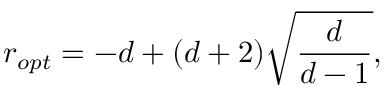
r _ { o p t } = - d + ( d + 2 ) \sqrt { \frac { d } { d - 1 } } ,